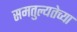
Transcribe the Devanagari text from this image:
समतुल्यतेच्या